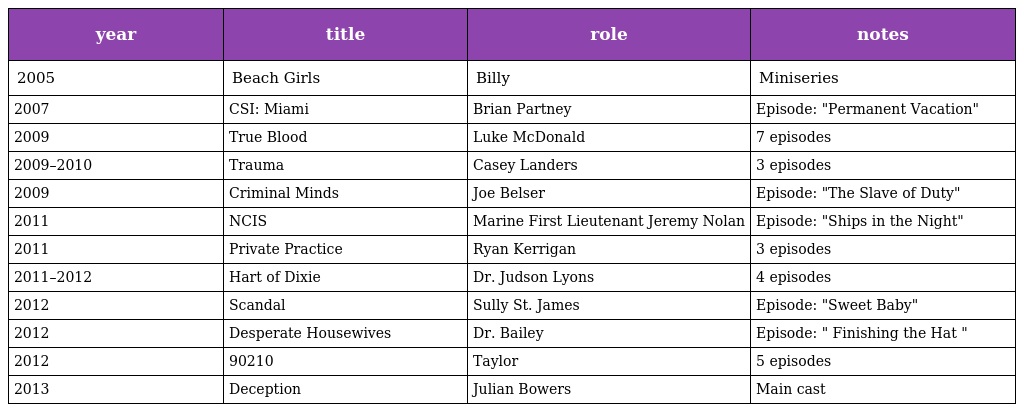
| year | title | role | notes |
 | --- | --- | --- | --- |
 | 2005 | Beach Girls | Billy | Miniseries |
 | 2007 | CSI: Miami | Brian Partney | Episode: "Permanent Vacation" |
 | 2009 | True Blood | Luke McDonald | 7 episodes |
 | 2009–2010 | Trauma | Casey Landers | 3 episodes |
 | 2009 | Criminal Minds | Joe Belser | Episode: "The Slave of Duty" |
 | 2011 | NCIS | Marine First Lieutenant Jeremy Nolan | Episode: "Ships in the Night" |
 | 2011 | Private Practice | Ryan Kerrigan | 3 episodes |
 | 2011–2012 | Hart of Dixie | Dr. Judson Lyons | 4 episodes |
 | 2012 | Scandal | Sully St. James | Episode: "Sweet Baby" |
 | 2012 | Desperate Housewives | Dr. Bailey | Episode: " Finishing the Hat " |
 | 2012 | 90210 | Taylor | 5 episodes |
 | 2013 | Deception | Julian Bowers | Main cast |